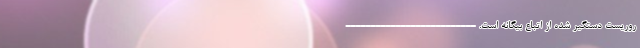
روریست دستگیر شده از اتباع بیگانه است. --------------------------